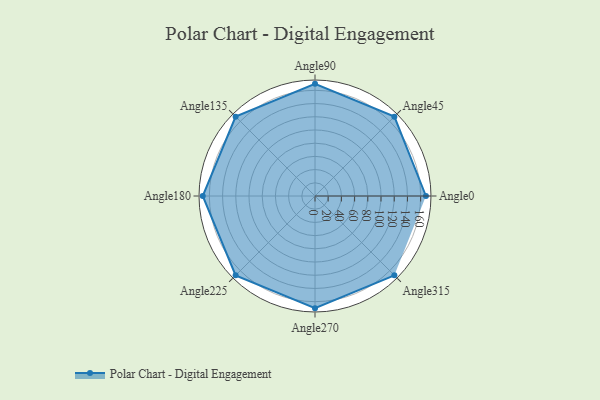
{"axis": {"x": "Angle", "y": "Radius"}, "legend": [""], "data": [{"x": "Angle0", "y": 168.0, "type": ""}, {"x": "Angle45", "y": 170, "type": ""}, {"x": "Angle90", "y": 170, "type": ""}, {"x": "Angle135", "y": 170, "type": ""}, {"x": "Angle180", "y": 170, "type": ""}, {"x": "Angle225", "y": 170, "type": ""}, {"x": "Angle270", "y": 170, "type": ""}, {"x": "Angle315", "y": 170, "type": ""}]}